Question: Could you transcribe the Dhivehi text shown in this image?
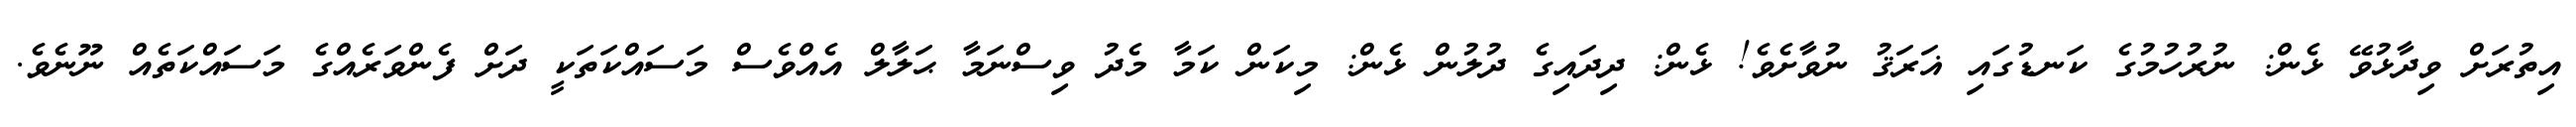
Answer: އިތުރަށް ވިދާޅުވޭ ޅެން: ނުރުހުމުގެ ކަނޑުގައި ޣަރަޤު ނުވާށެވެ! ޅެން: ދިދައިގެ ދުލުން ޅެން: މިކަން ކަމާ މެދު ވިސްނަމާ ޙަލާލް އެއްވެސް މަސައްކަތަކީ ދަށް ފެންވަރެއްގެ މަސައްކަތެއް ނޫނެވެ.